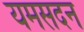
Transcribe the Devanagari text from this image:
यमसदन